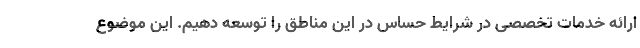
ارائه خدمات تخصصی در شرایط حساس در این مناطق را توسعه دهیم. این موضوع